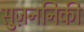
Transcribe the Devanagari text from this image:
सुज़ननिकी